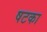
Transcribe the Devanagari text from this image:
षटका